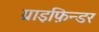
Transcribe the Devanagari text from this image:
ग्राइफ़िन्डर